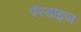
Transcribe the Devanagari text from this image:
पॅरडाइज